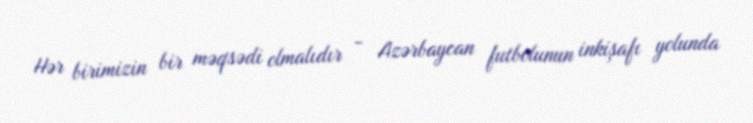
Hər birimizin bir məqsədi olmalıdır - Azərbaycan futbolunun inkişafı yolunda